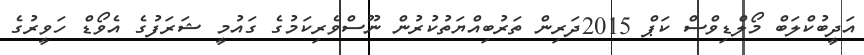
އަދީބުކްލަބް މޯލްޑިވްސް ކަޕް 2015ދަރިން ތަރުބިއްޔަތުކުރުން ނޫސްވެރިކަމުގެ ގައުމީ ޝަރަފުގެ އެވޯޑް ހަވީރުގެ